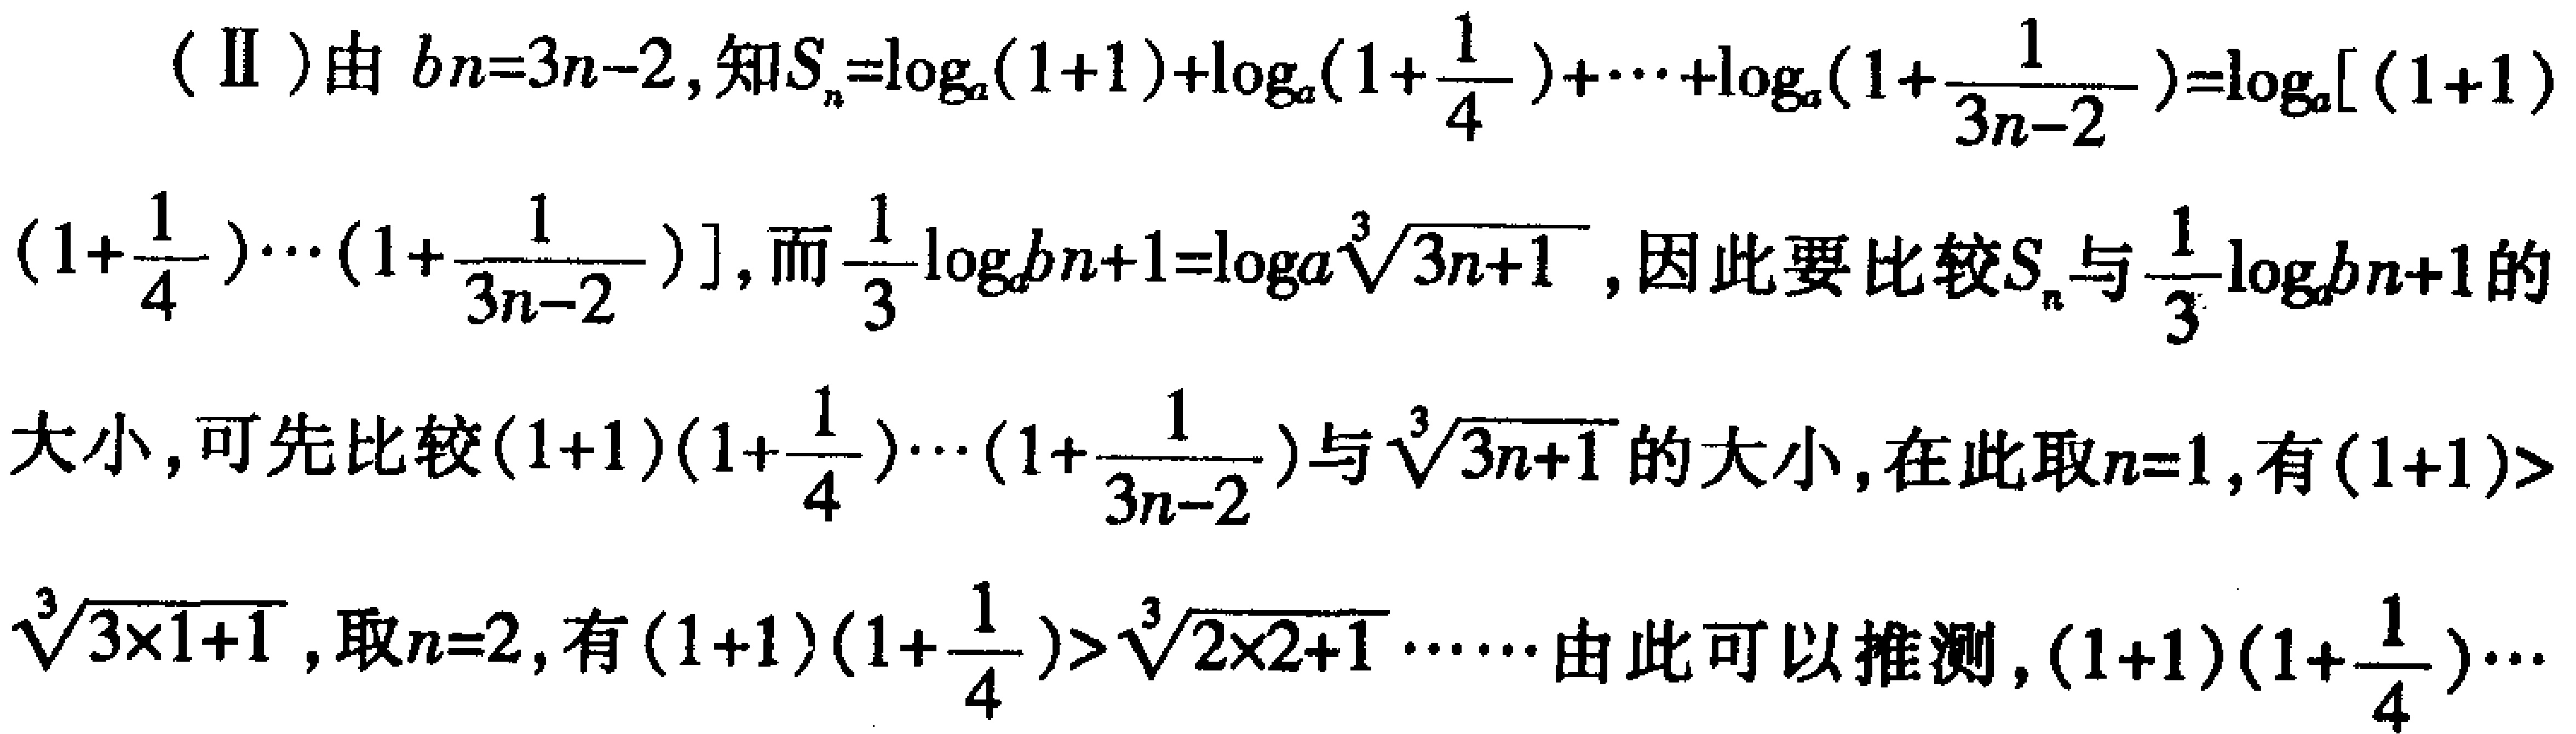
（Ⅱ）由\(b_{n}=3n - 2\)，知\(S_{n}=\log_{a}(1 + 1)+\log_{a}(1+\frac{1}{4})+\cdots+\log_{a}(1+\frac{1}{3n - 2})=\log_{a}[(1 + 1)(1+\frac{1}{4})\cdots(1+\frac{1}{3n - 2})]\)，而\(\frac{1}{3}\log_{a}b_{n + 1}=\log_{a}\sqrt[3]{3n + 1}\)，因此要比较\(S_{n}\)与\(\frac{1}{3}\log_{a}b_{n + 1}\)的大小，可先比较\((1 + 1)(1+\frac{1}{4})\cdots(1+\frac{1}{3n - 2})\)与\(\sqrt[3]{3n + 1}\)的大小，在此取\(n = 1\)，有\((1 + 1)>\sqrt[3]{3\times1 + 1}\)，取\(n = 2\)，有\((1 + 1)(1+\frac{1}{4})>\sqrt[3]{3\times2 + 1}\cdots\cdots\)由此可以推测，\((1 + 1)(1+\frac{1}{4})\cdots\)